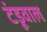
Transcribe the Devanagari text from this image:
टंडूवाल